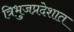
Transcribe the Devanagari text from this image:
त्रिभुजप्रदेशात